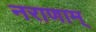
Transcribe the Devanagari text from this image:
नराणाम्